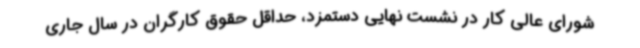
شورای عالی کار در نشست نهایی دستمزد، حداقل حقوق کارگران در سال جاری